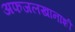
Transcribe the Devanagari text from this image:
अफजलखानाशी